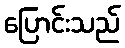
ပြောင်းသည်